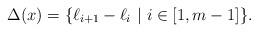
LaTeX: \begin{align*}\Delta(x) = \{\ell_{i+1} - \ell_i\ |\ i\in [1,m-1]\}.\end{align*}